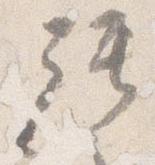
拝